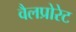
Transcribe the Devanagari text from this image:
वैलप्रोरेट